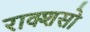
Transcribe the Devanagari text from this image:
राक्शसो